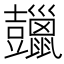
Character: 𧰠